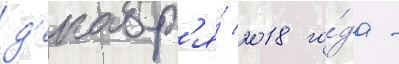
д'екабр'я́ 2018 го́да -